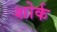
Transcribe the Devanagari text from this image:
शोर्क